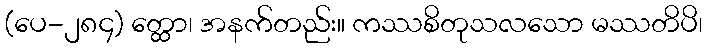
(ပေ-၂၈၄) တ္ထော၊ အနက်တည်း။ ကဿစိတုသလသော မဿတိပိ၊